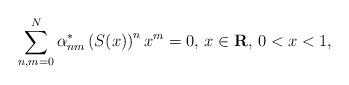
LaTeX: \begin{align*}\sum^{N}_{n,m=0}\alpha^{*}_{nm}\left(S(x)\right)^nx^m=0\textrm{, }x\in\textbf{R}\textrm{, }0<x<1,\end{align*}